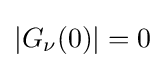
|G_{\nu }(0)|=0